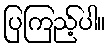
ပြကြည့်ပါ။